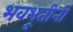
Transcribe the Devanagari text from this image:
भवभूतीनी